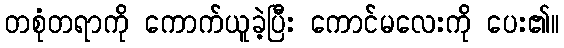
တစုံတရာကို ကောက်ယူခဲ့ပြီး ကောင်မလေးကို ပေး၏။